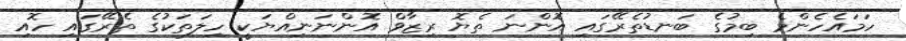
ހަމައެހެންމެ ބިމުގެ ބަނޑުތެރޭގައި އޮންނަ ތެޔޮ ރިޒާވް އޮންނަނިއްޔަކީ ހިލަތަކުގެ ތެރޭގައި ހޮއި